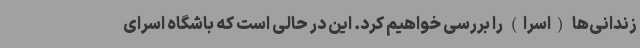
زندانی‌ها (اسرا) را بررسی خواهیم کرد. این در حالی است که باشگاه اسرای